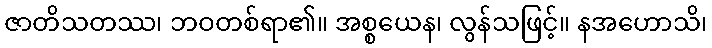
ဇာတိသတဿ၊ ဘဝတစ်ရာ၏။ အစ္စယေန၊ လွန်သဖြင့်။ နအဟောသိ၊